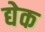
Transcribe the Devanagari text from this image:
द्येक